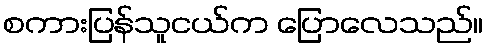
စကားပြန်သူငယ်က ပြောလေသည်။